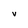
Character: v